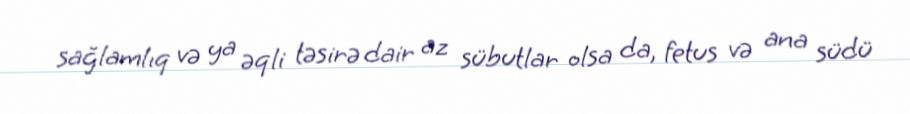
sağlamlıq və ya əqli təsirə dair az sübutlar olsa da, fetus və ana südü